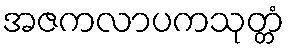
အဇကလာပကသုတ္တံ